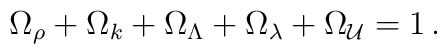
\Omega_\rho+\Omega_k+\Omega_\Lambda+\Omega_\lambda+\Omega_{\cal U} =1\,.